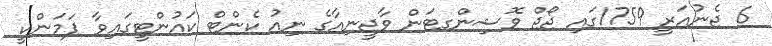
6 ޖެނުއަރީ 1759ގައި ޖޯޖް ވޮޝިންގޓަން ވާޖީނިއާގެ ނިއު ކެންޓް ކައުންޓީގައިވާ ޕަަމަންކީ